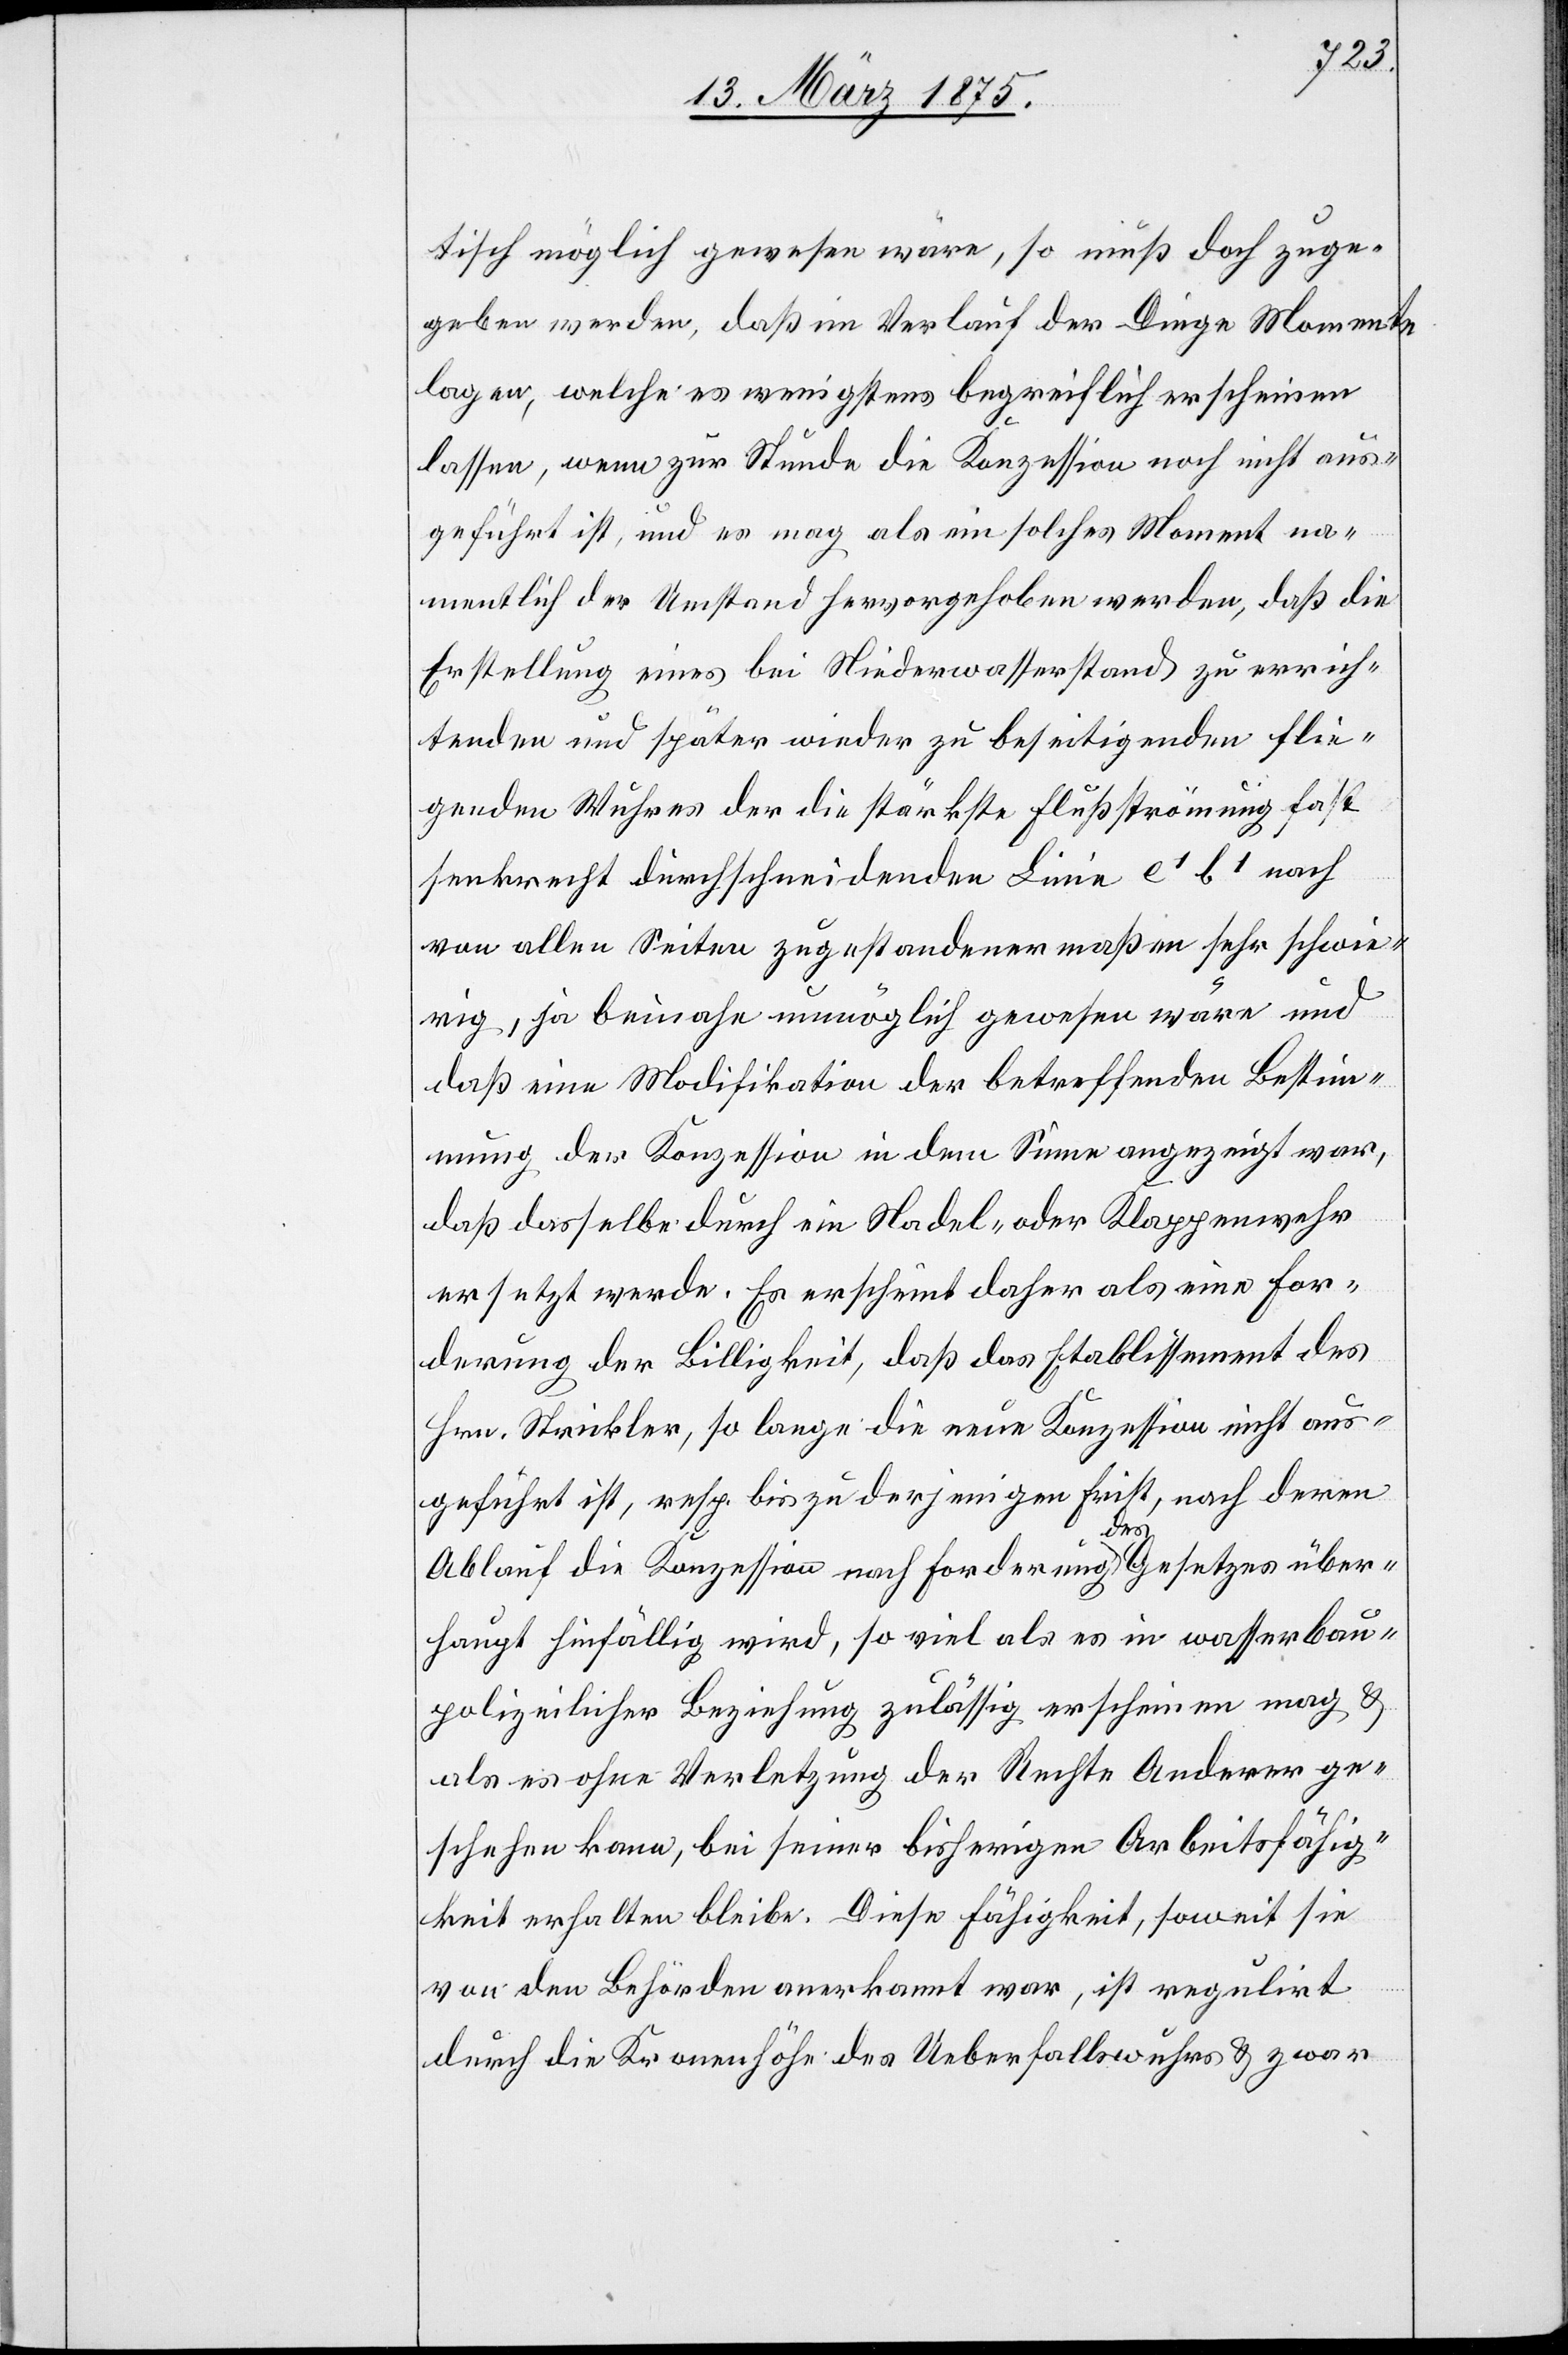
tisch möglich gewesen wäre, so muß doch zuge¬
geben werden, daß im Verlauf der Dinge Momente
lagen, welche es wenigstens begreiflich erscheinen
lassen, wenn zur Stunde die Konzession noch nicht aus¬
geführt ist, und es mag als ein solches Moment na¬
mentlich der Umstand hervorgehoben werden, daß die
Erstellung eines bei Niederwasserstand zu errich¬
tenden und später wieder zu beseitigenden flie¬
genden Wuhres der die stärkste Flußströmung fast
senkrecht durchschneidenden Linie e1 b1 noch
von allen Seiten zugestandenermaßen sehr schwie¬
rig, ja beinahe unmöglich gewesen wäre und
daß eine Modifikation der betreffenden Bestim¬
mung der Konzession in dem Sinne angezeigt war,
daß dasselbe durch ein Nadel- oder Klappenwehr
ersetzt werde. Es erscheint daher als eine For¬
derung der Billigkeit, daß das Etablissement des
Hrn. Strickler, so lange die neue Konzession nicht aus¬
geführt ist, resp. bis zur derjenigen Frist, nach deren
Ablauf die Konzession nach Forderung a-des-a Gesetzes über¬
haupt hinfällig wird, soviel als es in wasserbau¬
polizeilichen Beziehung zulässig erscheinen mag &
als es ohne Verletzung der Rechte Anderer ge¬
schehen kann, bei seiner bisherigen Arbeitsfähig¬
keit erhalten bleibe. Diese Fähigkeit, soweit sie
von den Behörden anerkannt war, ist regulirt
durch die Kronenhöhe des Ueberfallswuhres & zwar